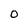
Character: O